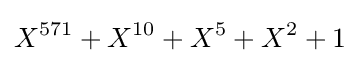
X^{571}+X^{10}+X^{5}+X^{2}+1